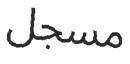
مسجل